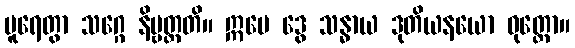
ပူရေတွာ သဂ္ဂေ နိဗ္ဗတ္တတိ။ ဣမေ ဒွေ သန္ဓာယ ဒုတိယနယော ဝုတ္တော။